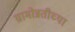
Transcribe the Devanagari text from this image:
ग्रामोन्नतीच्या